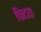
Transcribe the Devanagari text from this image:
फिदया